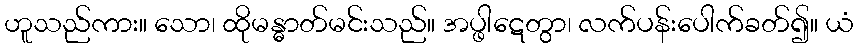
ဟူသည်ကား။ သော၊ ထိုမန္ဓာတ်မင်းသည်။ အပ္ဖါဋေတွာ၊ လက်ပန်းပေါက်ခတ်၍။ ယံ